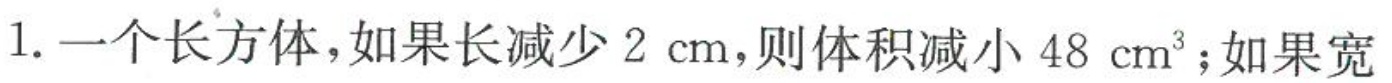
1.一个长方体，如果长减少2cm，则体积减小48cm^{3} ；如果宽